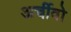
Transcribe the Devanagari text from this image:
अर्चीवो